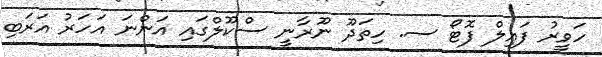
ހަވީރު ފައިލް ފޮޓޯ ސ. ހިތަދޫ ނޫރާނީ ސްކޫލްގައި އަންނަ އަހަރު އަރަބި